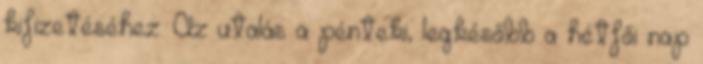
kifizetéséhez. Az utalás a pénteki, legkésőbb a hétfői nap